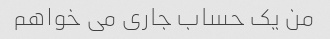
من یک حساب جاری می خواهم